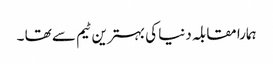
ہمارا مقابلہ دنیا کی بہترین ٹیم سے تھا ۔